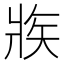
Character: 𤕼